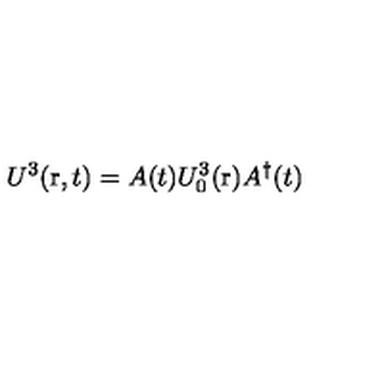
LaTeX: U ^ { 3 } ( \mathrm { \boldmath r } , t ) = A ( t ) U _ { 0 } ^ { 3 } ( \mathrm { \boldmath r } ) A ^ { \dag } ( t )